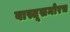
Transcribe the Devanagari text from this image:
वास्तूसमोरच